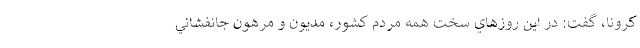
کرونا، گفت: در اين روزهاي سخت همه مردم كشور، مدیون و مرهون جانفشاني